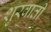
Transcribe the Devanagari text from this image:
शुरवाती